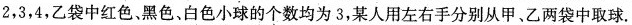
2，3，4，乙袋中红色、黑色、白色小球的个数均为3，某人用左右手分别从甲、乙两袋中取球.